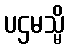
ပဌမသ္မိ